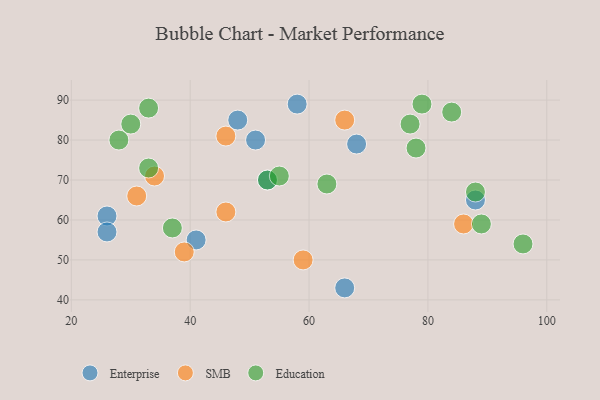
{"axis": {"x": "GDP", "y": "Life Expectancy"}, "legend": ["Education", "Enterprise", "SMB"], "data": [{"x": "68", "y": 79, "type": "Enterprise"}, {"x": "88", "y": 65, "type": "Enterprise"}, {"x": "58", "y": 89, "type": "Enterprise"}, {"x": "53", "y": 70, "type": "Enterprise"}, {"x": "26", "y": 61, "type": "Enterprise"}, {"x": "51", "y": 80, "type": "Enterprise"}, {"x": "26", "y": 57, "type": "Enterprise"}, {"x": "66", "y": 43, "type": "Enterprise"}, {"x": "41", "y": 55, "type": "Enterprise"}, {"x": "48", "y": 85, "type": "Enterprise"}, {"x": "46", "y": 81, "type": "SMB"}, {"x": "66", "y": 85, "type": "SMB"}, {"x": "86", "y": 59, "type": "SMB"}, {"x": "46", "y": 62, "type": "SMB"}, {"x": "39", "y": 52, "type": "SMB"}, {"x": "31", "y": 66, "type": "SMB"}, {"x": "34", "y": 71, "type": "SMB"}, {"x": "59", "y": 50, "type": "SMB"}, {"x": "79", "y": 89, "type": "Education"}, {"x": "53", "y": 70, "type": "Education"}, {"x": "55", "y": 71, "type": "Education"}, {"x": "78", "y": 78, "type": "Education"}, {"x": "30", "y": 84, "type": "Education"}, {"x": "63", "y": 69, "type": "Education"}, {"x": "77", "y": 84, "type": "Education"}, {"x": "89", "y": 59, "type": "Education"}, {"x": "33", "y": 88, "type": "Education"}, {"x": "84", "y": 87, "type": "Education"}, {"x": "88", "y": 67, "type": "Education"}, {"x": "37", "y": 58, "type": "Education"}, {"x": "33", "y": 73, "type": "Education"}, {"x": "28", "y": 80, "type": "Education"}, {"x": "96", "y": 54, "type": "Education"}]}